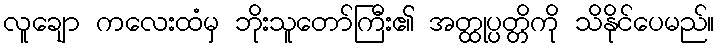
လူချော ကလေးထံမှ ဘိုးသူတော်ကြီး၏ အတ္ထုပ္ပတ္တိကို သိနိုင်ပေမည်။